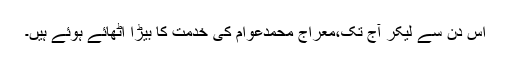
اس دن سے لیکر آج تک،معراج محمدعوام کی خدمت کا بیڑا اٹھائے ہوئے ہیں۔